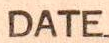
DATE